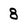
Character: 8